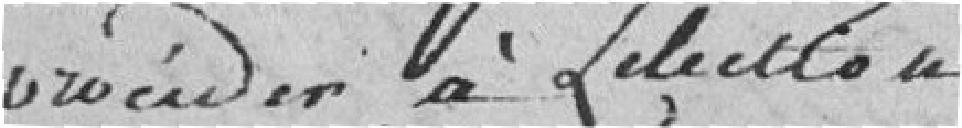
procéder à l'élection